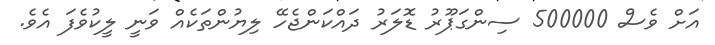
އަށް ވެސް 500000 ސިންގަޕޫރު ޑޮލަރު ދައްކަންޖެހޭ ލިޔުންތަކެއް ވަނީ ލީކުވެފަ އެވެ.